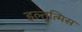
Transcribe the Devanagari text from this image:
इल्तुत्मिस